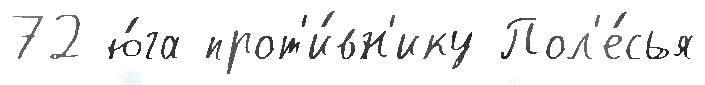
72 ю́га прот'и́вн'ику Пол'е́сья